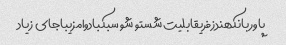
پاوربانکهندزفریقابلیت شستو شو سبکبادوامزیباجای زیاد